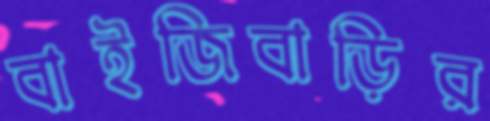
বাইজিবাড়ির